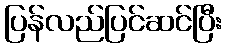
ပြန်လည်ပြင်ဆင်ပြီး